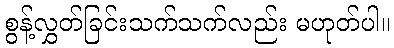
စွန့်လွှတ်ခြင်းသက်သက်လည်း မဟုတ်ပါ။